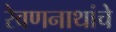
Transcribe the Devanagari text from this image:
रेवणनाथांचे